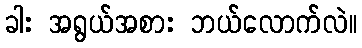
ခါး အရွယ်အစား ဘယ်လောက်လဲ။